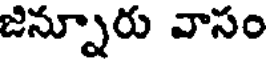
జన్నూరు వాసం